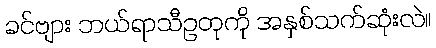
ခင်ဗျား ဘယ်ရာသီဥတုကို အနှစ်သက်ဆုံးလဲ။